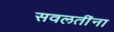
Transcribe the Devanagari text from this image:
सवलतींना